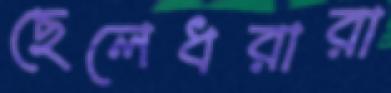
ছেলেধরারা